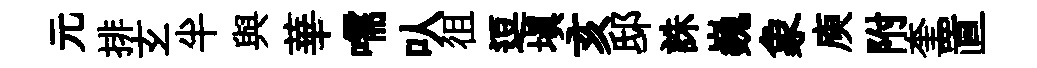
元排𤣥半與華嚅㕥徂逗塡亥邸誅巍象庾附奎置